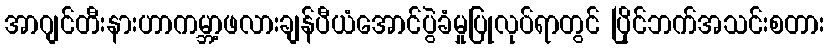
အာဂျင်တီးနားဟာကမ္ဘာ့ဖလားချန်ပီယံအောင်ပွဲခံမှုပြုလုပ်ရာတွင် ပြိုင်ဘက်အသင်းစတား